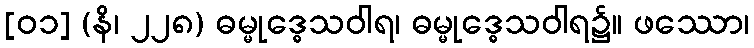
[၀၁] (နိ၊ ၂၂၈) ဓမ္မုဒ္ဓေသဝါရ၊ ဓမ္မုဒ္ဓေသဝါရ၌။ ဖဿော၊